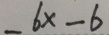
\_ 6 x - 6